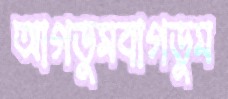
আগডুমবাগডুম